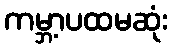
ကမ္ဘာ့ပထမဆုံး